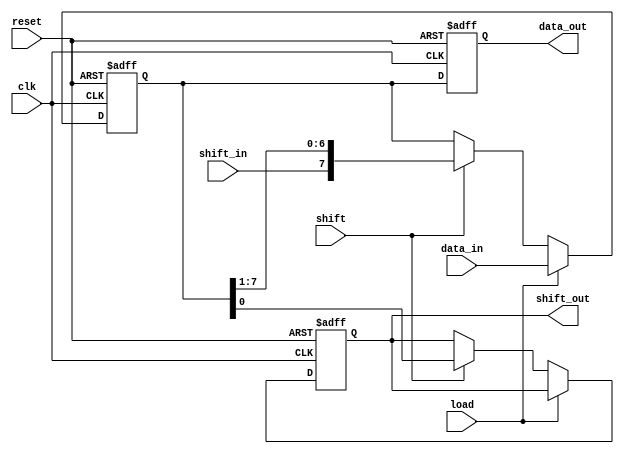
module parameterized_shift_register #(
    parameter WIDTH = 8,          // Width of the shift register
    parameter MODE = 0            // Mode: 0 = SIPO, 1 = PISO, 2 = Shift
)(
    input wire clk,               // Clock signal
    input wire reset,             // Asynchronous reset
    input wire [WIDTH-1:0] data_in, // Parallel input data (for PISO)
    input wire shift_in,          // Serial input data (for SIPO)
    input wire load,              // Load control signal
    input wire shift,             // Shift control signal
    output reg [WIDTH-1:0] data_out, // Parallel output data (for SIPO)
    output reg shift_out          // Serial output data (for SIPO)
);

    // Internal register to hold the shift register data
    reg [WIDTH-1:0] shift_reg;

    // Asynchronous reset and operation on clock edge
    always @(posedge clk or posedge reset) begin
        if (reset) begin
            shift_reg <= {WIDTH{1'b0}}; // Reset all bits to 0
            data_out <= {WIDTH{1'b0}};  // Reset output to 0
            shift_out <= 1'b0;          // Reset shift output to 0
        end else begin
            case (MODE)
                0: begin // SIPO mode
                    if (load) begin
                        shift_reg <= data_in; // Load data in parallel
                    end else if (shift) begin
                        shift_out <= shift_reg[0]; // Shift out LSB
                        shift_reg <= {shift_in, shift_reg[WIDTH-1:1]}; // Shift right
                    end
                    data_out <= shift_reg; // Output current register state
                end

                1: begin // PISO mode
                    if (load) begin
                        shift_reg <= data_in; // Load data in parallel
                    end else if (shift) begin
                        shift_out <= shift_reg[WIDTH-1]; // Shift out MSB
                        shift_reg <= {shift_reg[WIDTH-2:0], 1'b0}; // Shift left
                    end
                    data_out <= {WIDTH{1'b0}}; // No parallel output in PISO mode
                end

                2: begin // Simple shift mode
                    if (load) begin
                        shift_reg <= data_in; // Load data in parallel
                    end else if (shift) begin
                        shift_out <= shift_reg[0]; // Shift out LSB
                        shift_reg <= {shift_in, shift_reg[WIDTH-1:1]}; // Shift right
                    end
                    data_out <= {WIDTH{1'b0}}; // No parallel output in simple shift mode
                end

                default: begin
                    shift_reg <= shift_reg; // No operation
                end
            endcase
        end
    end

endmodule